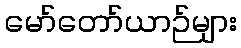
မော်တော်ယာဉ်များ